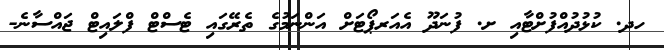
ހދ. ކުޅުދުއްފުށްޓާއި ށ. ފުނަދޫ އެއަރޕޯޓަށް އަންނަމުގެ ތެރޭގައި ޓެސްޓް ފްލައިޓް ޖައްސާނެ-